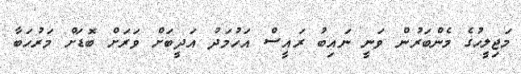
މަޖިލީހުގެ މެންބަރުން ވަނީ ނައިބު ރައީސް އަހުމަދު އަދީބަށް ވަރަށް ބޮޑަށް މަރުހަބާ